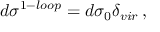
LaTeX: d \sigma ^ { 1 - l o o p } = d \sigma _ { 0 } \delta _ { v i r } \, ,